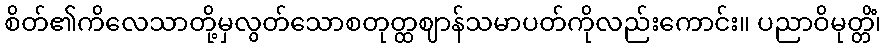
စိတ်၏ကိလေသာတို့မှလွတ်သောစတုတ္ထဈာန်သမာပတ်ကိုလည်းကောင်း။ ပညာဝိမုတ္တိံ၊